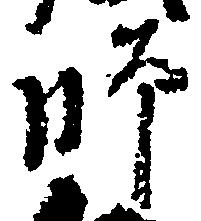
師